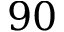
9 0